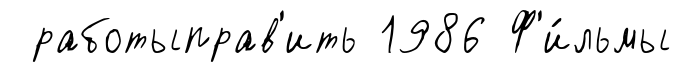
работыправ'ить 1986 Ф'и́льмы